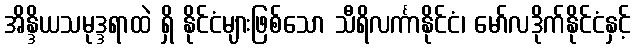
အိန္ဒိယသမုဒ္ဒရာထဲ ရှိ နိုင်ငံများဖြစ်သော သီရိလင်္ကာနိုင်ငံ၊ မော်လဒိုက်နိုင်ငံနှင့်